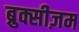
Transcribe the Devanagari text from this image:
ब्रुक्सीज़म